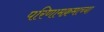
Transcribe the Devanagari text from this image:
परिणामक्रमाच्या